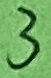
Text: 3